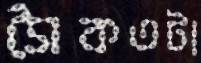
সৈকতটা